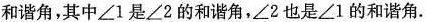
和谐角，其中\angle 1是\angle 2的和谐角，\angle 2也是\angle 1的和谐角.